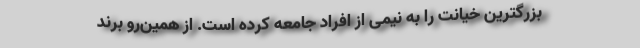
بزرگترین خیانت را به نیمی از افراد جامعه کرده است. از همین‌رو برند